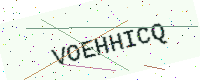
Text: VOEHHICQ